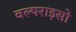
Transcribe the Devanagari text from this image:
वल्पराइसो